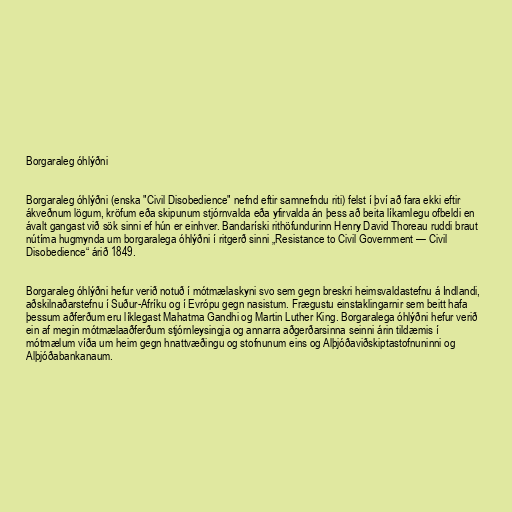
Borgaraleg óhlýðni

Borgaraleg óhlýðni (enska "Civil Disobedience" nefnd eftir samnefndu riti) felst í því að fara ekki eftir
ákveðnum lögum, kröfum eða skipunum stjórnvalda eða yfirvalda án þess að beita líkamlegu ofbeldi en
ávalt gangast við sök sinni ef hún er einhver. Bandaríski rithöfundurinn Henry David Thoreau ruddi braut
nútíma hugmynda um borgaralega óhlýðni í ritgerð sinni „Resistance to Civil Government — Civil
Disobedience“ árið 1849.

Borgaraleg óhlýðni hefur verið notuð í mótmælaskyni svo sem gegn breskri heimsvaldastefnu á Indlandi,
aðskilnaðarstefnu í Suður-Afríku og í Evrópu gegn nasistum. Frægustu einstaklingarnir sem beitt hafa
þessum aðferðum eru líklegast Mahatma Gandhi og Martin Luther King. Borgaralega óhlýðni hefur verið
ein af megin mótmælaaðferðum stjórnleysingja og annarra aðgerðarsinna seinni árin tildæmis í
mótmælum víða um heim gegn hnattvæðingu og stofnunum eins og Alþjóðaviðskiptastofnuninni og
Alþjóðabankanaum.